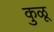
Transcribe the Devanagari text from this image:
कुळू